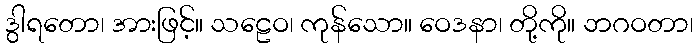
ဒွါရတော၊ အားဖြင့်။ သဠေဝ၊ ကုန်သော။ ဝေဒနာ၊ တို့ကို။ ဘဂဝတာ၊